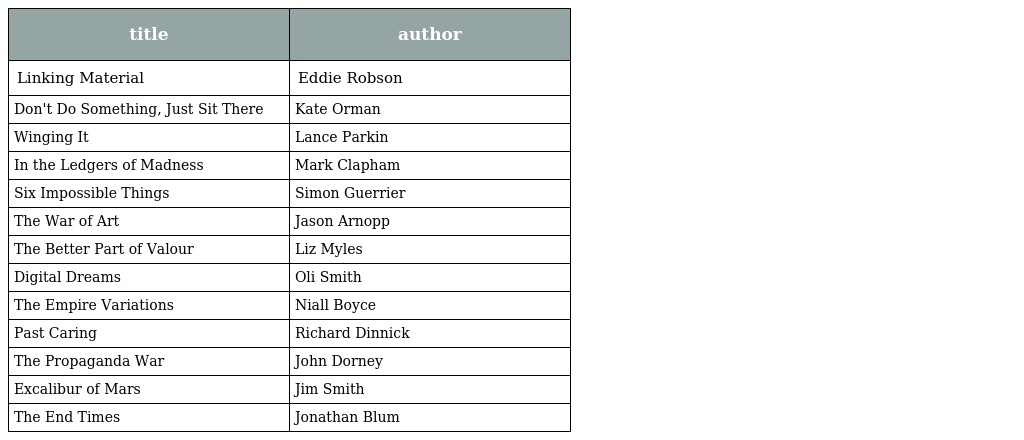
| title | author |
 | --- | --- |
 | Linking Material | Eddie Robson |
 | Don't Do Something, Just Sit There | Kate Orman |
 | Winging It | Lance Parkin |
 | In the Ledgers of Madness | Mark Clapham |
 | Six Impossible Things | Simon Guerrier |
 | The War of Art | Jason Arnopp |
 | The Better Part of Valour | Liz Myles |
 | Digital Dreams | Oli Smith |
 | The Empire Variations | Niall Boyce |
 | Past Caring | Richard Dinnick |
 | The Propaganda War | John Dorney |
 | Excalibur of Mars | Jim Smith |
 | The End Times | Jonathan Blum |